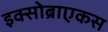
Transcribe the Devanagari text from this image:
इक्सोब्राएकस